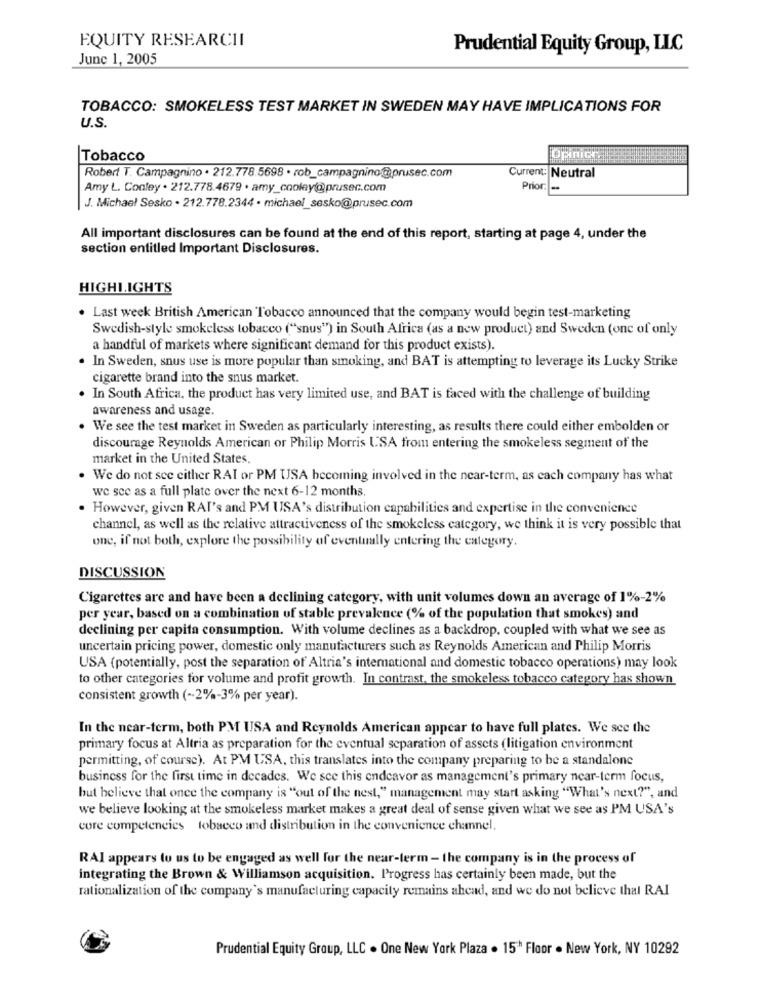
EQUITY RESEARCHI
Prudential Equity Group, LLC
June 1, 2005
TOBACCO: SMOKELESS TEST MARKET IN SWEDEN MAY HAVE IMPLICATIONS FOR
U.S.
Tobacco
Opince
Robert T. Campagnino . 212.778.5698 . rob_campagninoprusec.com
Current: Neutral
Amy L. Conley . 212.778.4679 . amy_cooley@prusec.com
Prior: -
J. Michael Sesko - 212.778.2344 . michael_sesko@prusec.com
All important disclosures can be found at the end of this report, starting at page 4, under the
section entitled Important Disclosures.
HIGHLIGHTS
. Last week British American Tobacco announced that the company would begin test-marketing
Swedish-style smokeless tobacco ("snus") in South Africa (as a new product) and Sweden (one of only
a handful of markets where significant demand for this product exists).
. In Sweden, snus use is more popular than smoking, and BAT is attempting to leverage its Lucky Strike
cigarette brand into the snus market.
In South Africa, the product has very limited use, and BAT is faced with the challenge of building
awareness and usage.
. We see the test market in Sweden as particularly interesting, as results there could either embolden or
discourage Reynolds American or Philip Morris USA from entering the smokeless segment of the
market in the United States,
. We do not see either RAI or PM USA becoming involved in the near-term, as each company has what
we see as a full plate over the next 6-12 months
. However, given RAI's and PM USA's distribution capabilities and expertise in the convenience
channel, as well as the relative attractiveness of the smokeless category, we think it is very possible that
une, if not both, explore the possibility of eventually entering the category.
DISCUSSION
Cigarettes are and have been a declining category, with unit volumes down an average of 1%-2%
per year, based on a combination of stable prevalence (% of the population that smokes) and
declining per capita consumption. With volume declines as a backdrop, coupled with what we see as
uncertain pricing power, domestic only manufacturers such as Reynolds American and Philip Morris
USA (potentially, post the separation of Altria's international and domestic tobacco operations) may look
to other categories for volume and profit growth. In contrast, the smokeless tobacco category has shown
consistent growth ( -- 2%-3% per year).
In the near-term, both PM USA and Reynolds American appear to have full plates. We see the
primary focus at Altria as preparation for the eventual separation of assets (litigation environment
permitting, of course). At PM USA, this translates into the company preparing to be a standalone
business for the first time in decades. We see this endeavor as management's primary near-term focus,
but believe that once the company is "out of the nest," management may start asking "What's next?", and
we believe looking at the smokeless market makes a great deal of sense given what we see as PM USA's
core competencies tobacco and distribution in the convenience channel.
RAI appears to us to be engaged as well for the near-term - the company is in the process of
integrating the Brown & Williamson acquisition. Progress has certainly been made, but the
rationalization of the company's manufacturing capacity remains ahead, and we do not believe that RAI
Prudential Equity Group, LLC . One New York Plaza . 15" Floor . New York, NY 10292